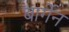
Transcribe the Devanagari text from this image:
बार्गेन